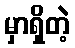
မှာရှိတဲ့